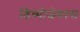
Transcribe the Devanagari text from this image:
डिस्पोजेबल्स